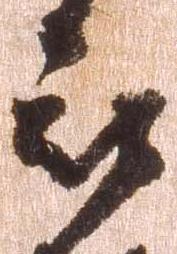
被